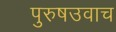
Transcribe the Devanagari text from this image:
पुरुषउवाच